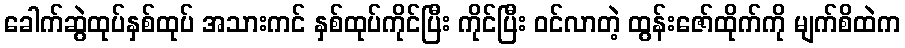
ခေါက်ဆွဲထုပ်နှစ်ထုပ် အသားကင် နှစ်ထုပ်ကိုင်ပြီး ကိုင်ပြီး ဝင်လာတဲ့ ထွန်းဇော်ထိုက်ကို မျက်စိထဲက